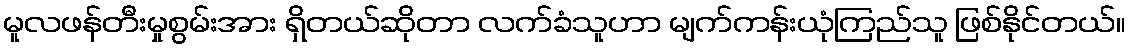
မူလဖန်တီးမှုစွမ်းအား ရှိတယ်ဆိုတာ လက်ခံသူဟာ မျက်ကန်းယုံကြည်သူ ဖြစ်နိုင်တယ်။